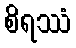
စိရဿံ